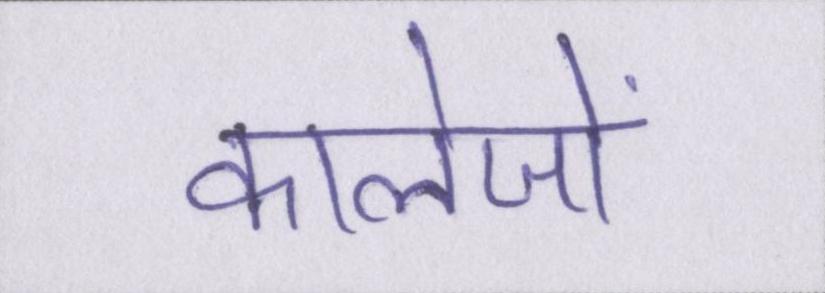
कालेजों